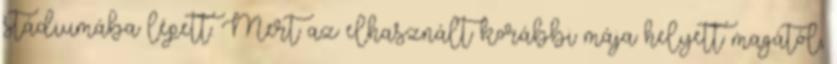
stádiumába lépett. Mert az elhasznált korábbi mája helyett magától,